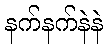
နက်နက်နဲနဲ